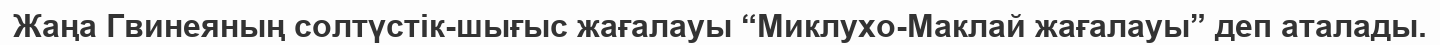
Жаңа Гвинеяның солтүстік-шығыс жағалауы “Миклухо-Маклай жағалауы” деп аталады.